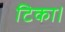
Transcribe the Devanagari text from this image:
टिका।